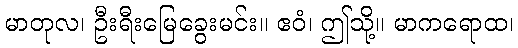
မာတုလ၊ ဦးရီးမြေခွေးမင်း။ ဧဝံ၊ ဤသို့။ မာကရောထ၊